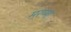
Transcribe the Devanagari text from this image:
मरप्पा